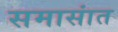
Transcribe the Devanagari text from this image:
समासांत